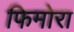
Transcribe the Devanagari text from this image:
फिमोरा